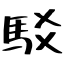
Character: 駁